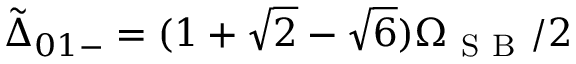
\tilde { \Delta } _ { 0 1 - } = ( 1 + \sqrt { 2 } - \sqrt { 6 } ) \Omega _ { \mathrm { ~ S ~ B ~ } } / 2